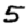
Digit: 5